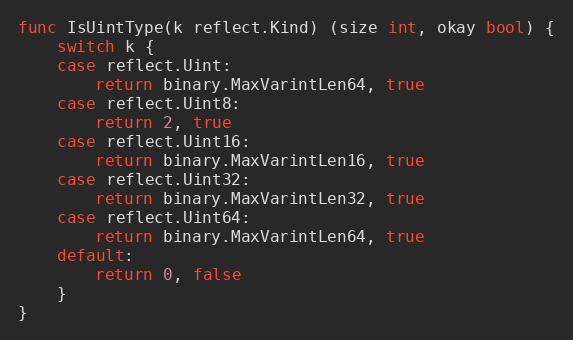
Language: Go
func IsUintType(k reflect.Kind) (size int, okay bool) {
	switch k {
	case reflect.Uint:
		return binary.MaxVarintLen64, true
	case reflect.Uint8:
		return 2, true
	case reflect.Uint16:
		return binary.MaxVarintLen16, true
	case reflect.Uint32:
		return binary.MaxVarintLen32, true
	case reflect.Uint64:
		return binary.MaxVarintLen64, true
	default:
		return 0, false
	}
}